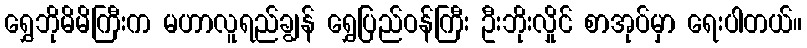
ရွှေဘိုမိမိကြီးက မဟာလူရည်ချွန် ရွှေပြည်ဝန်ကြီး ဦးဘိုးလှိုင် စာအုပ်မှာ ရေးပါတယ်။